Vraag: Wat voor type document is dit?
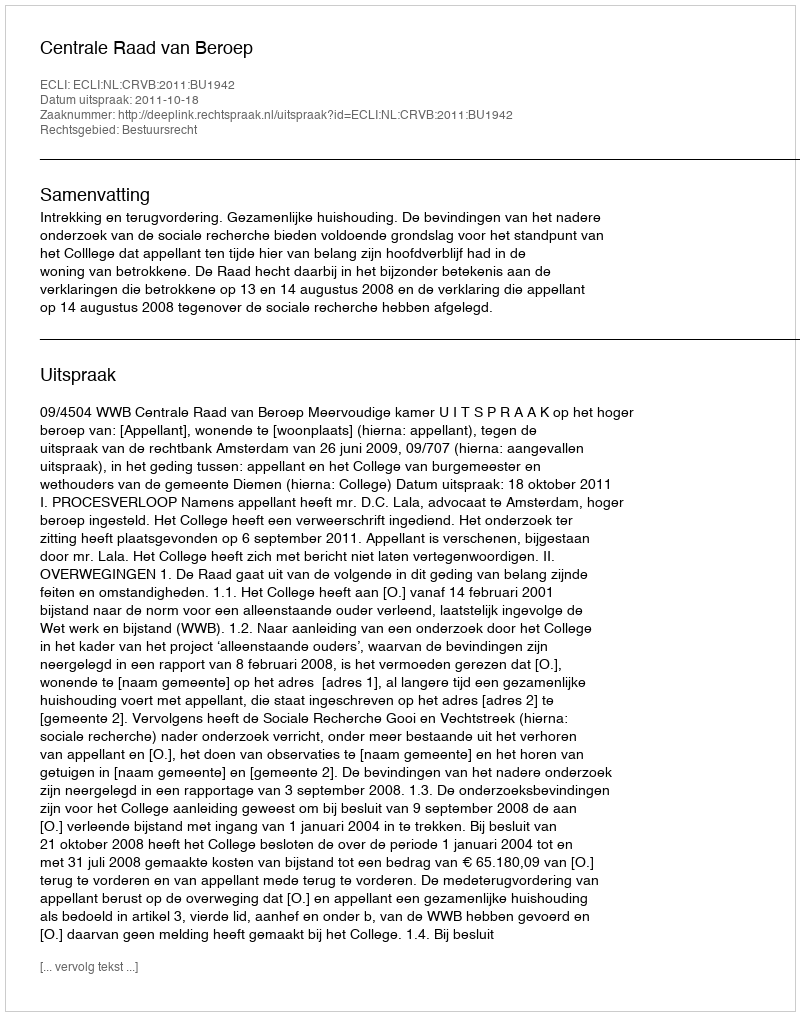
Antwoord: Uitspraak